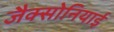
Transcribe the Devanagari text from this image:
जैक्सोनियाई